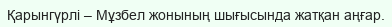
Қарынгүрлі – Мұзбел жонының шығысында жатқан аңғар.